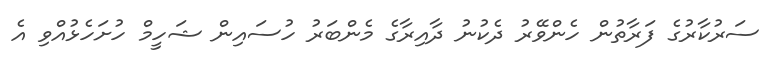
ސަރުކާރުގެ ފަރާތުން ހެންވޭރު ދެކުނު ދާއިރާގެ މެންބަރު ހުސައިން ޝަހީމް ހުށަހެޅުއްވި އެ